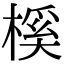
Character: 榽